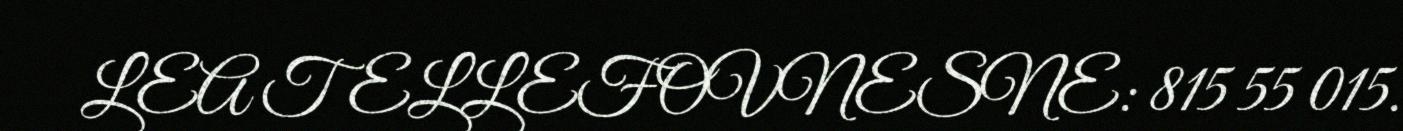
LEA TELLEFOVNESNE: 815 55 015.